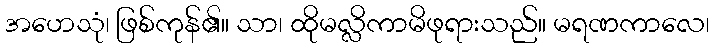
အဟေသုံ၊ ဖြစ်ကုန်၏။ သာ၊ ထိုမလ္လိကာမိဖုရားသည်။ မရဏကာလေ၊